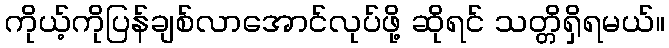
ကိုယ့်ကိုပြန်ချစ်လာအောင်လုပ်ဖို့ ဆိုရင် သတ္တိရှိရမယ်။